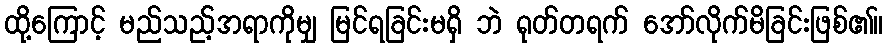
ထို့ကြောင့် မည်သည့်အရာကိုမျှ မြင်ရခြင်းမရှိ ဘဲ ရုတ်တရက် အော်လိုက်မိခြင်းဖြစ်၏။